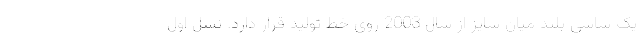
یک شاسی بلند میان سایز از سال 2003 روی خط تولید قرار دارد. نسل اول